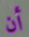
أن